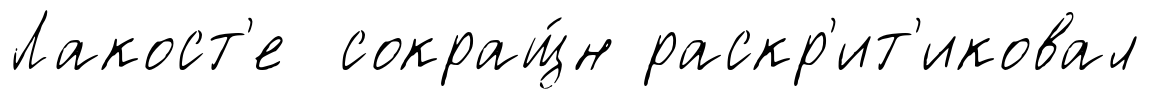
Лакост'е сокращ́н раскр'ит'иковал